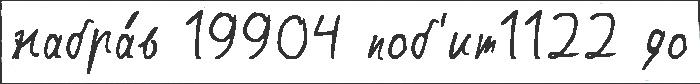
набра́в 19904 поб'ит1122 до